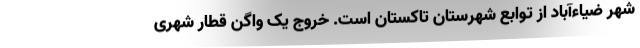
شهر ضیاءآباد از توابع شهرستان تاکستان است. خروج یک واگن قطار شهری